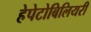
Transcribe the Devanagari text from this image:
हेपेटोबिलियरी